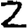
Digit: 2